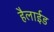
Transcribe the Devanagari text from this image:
हैलाईड